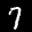
Label: 7